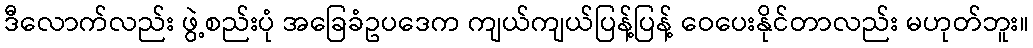
ဒီလောက်လည်း ဖွဲ့စည်းပုံ အခြေခံဥပဒေက ကျယ်ကျယ်ပြန့်ပြန့် ဝေပေးနိုင်တာလည်း မဟုတ်ဘူး။